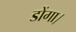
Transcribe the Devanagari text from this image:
डोंगा।